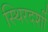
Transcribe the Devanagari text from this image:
स्थिरदर्शी